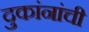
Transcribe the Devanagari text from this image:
दुकांनांची